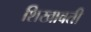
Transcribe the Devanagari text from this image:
शिखावती